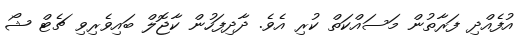
އުފެއްދި ފަރާތުން މަސައްކަތް ކުރި އެވެ. ދާދިފަހުން ކާޖޮލް ބައިވެރިވި ޗެޓް ޝޯ